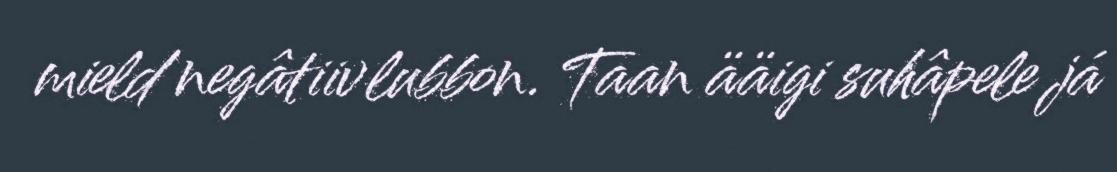
mield negâtiivlubbon. Taan ääigi suhâpele já